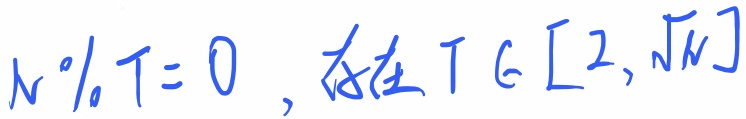
$N\%T = 0\ ,\ 存在\ T\in[2,\sqrt{N}]$